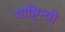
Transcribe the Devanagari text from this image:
गोष्टिन्ची